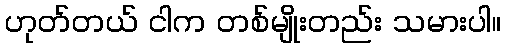
ဟုတ်တယ် ငါက တစ်မျိုးတည်း သမားပါ။